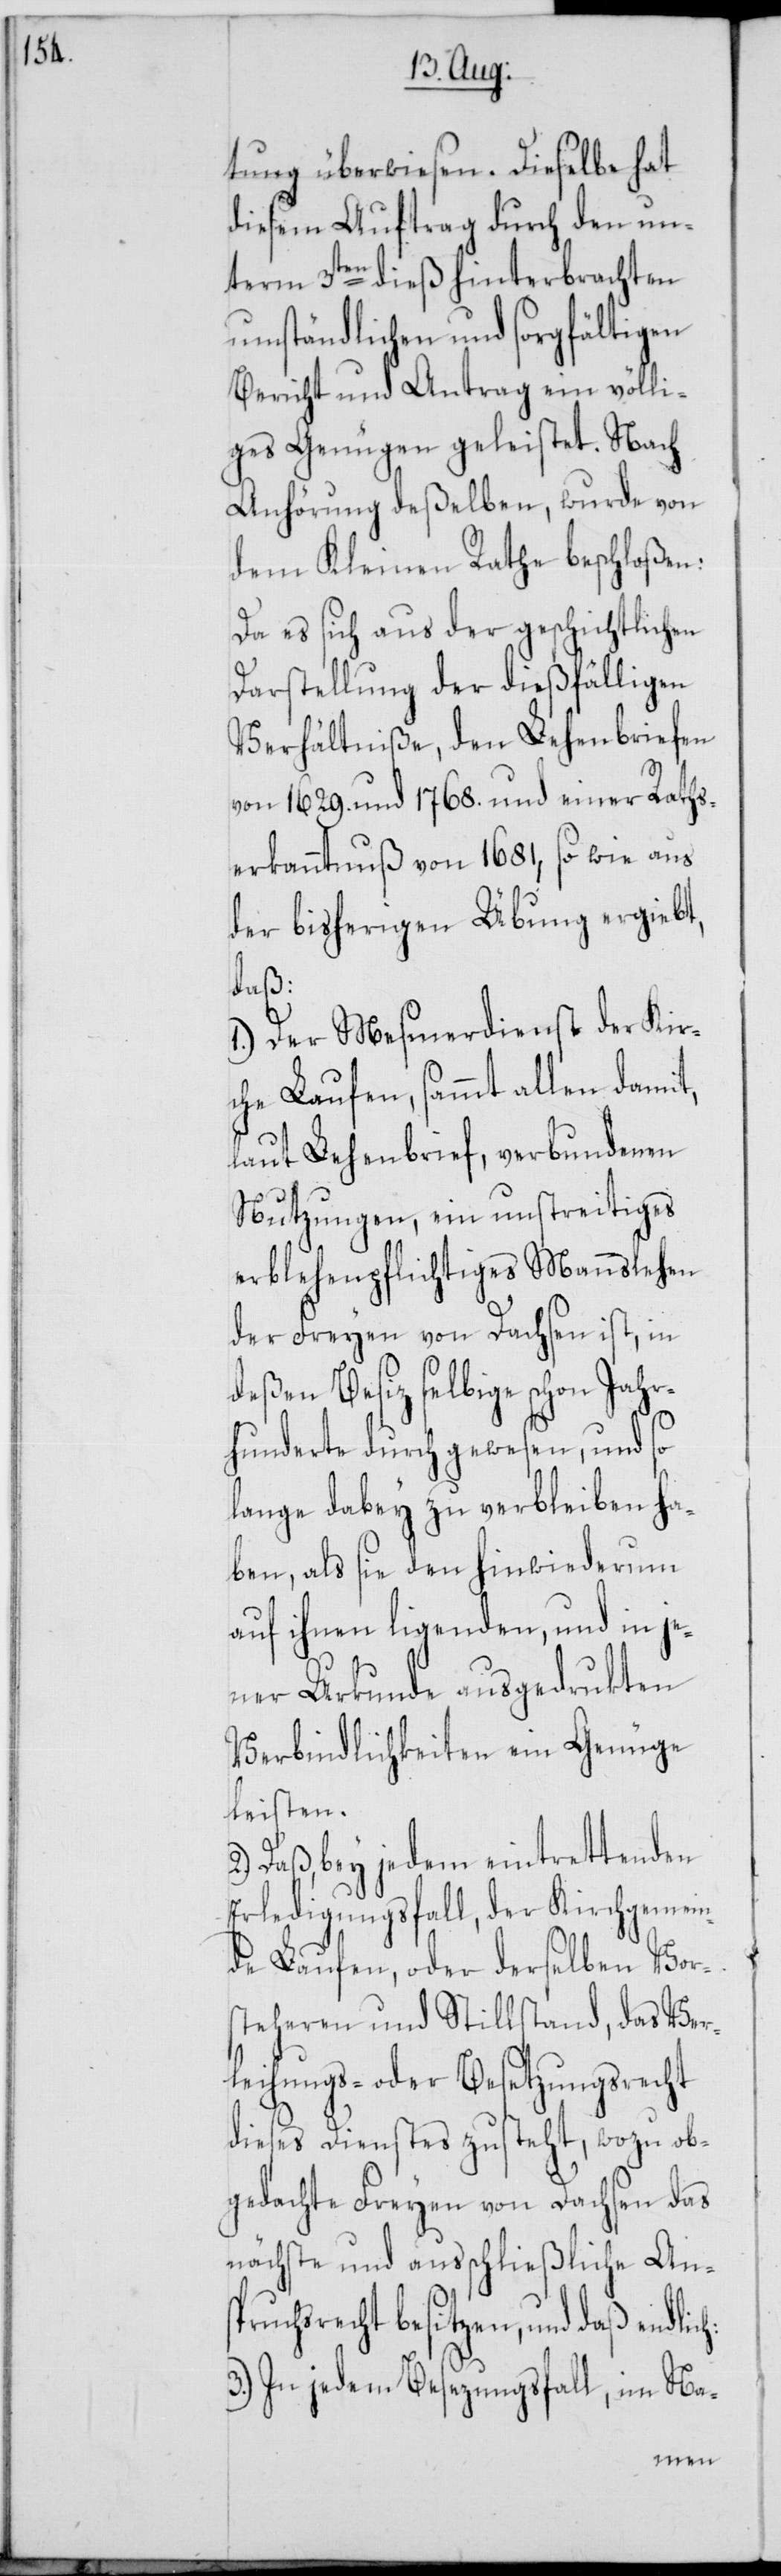
tung überwiesen. Dieselbe hat
diesem Auftrag durch den un¬
term 3ten dieß hinterbrachten
umständlichen und sorgfältigen
Bericht und Antrag ein völli¬
ges Genügen geleistet. Nach
Anhörung deßelben, wurde von
dem Kleinen Rathe beschloßen:
Da es sich aus der geschichtlichen
Darstellung der dießfälligen
Verhältniße, den Lehenbriefen
von 1629. und 1768. und einer Raths¬
erkanntnuß von 1681, so wie aus
der bisherigen Übung ergiebt,
h:
1.) Der Mesmerdienst der Kir¬
che Laufen, sammt allen damit,
laut Lehenbrief, verbundenen
Nutzungen, ein unstreitiges
erblehenpflichtiges Mannslehen
der Freyen von Dachsen ist, in
deßen Besitz selbige schon Jahr¬
hunderte durch gewesen, und so
lange dabey zu verbleiben ha¬
ben, als sie den hinwiederum
auf ihnen ligenden, und in je¬
ner Urkunde ausgedrukten
Verbindlichkeiten ein Genüge
leisten.
Daß, bey jedem eintrettenden
Erledigungsfall, der Kirchgemein¬
de Laufen, oder derselben Vor¬
steheren und Stillstand, das Ver¬
leihungs- oder Besetzungsrecht
dieses Dienstes zusteht, wozu ob¬
gedachte Freyen von Dachsen das
nächste und ausschließliche Ans¬
pruchsrecht besitzen, und daß endlic¬
3.) In jedem Besezungsfall, im Na-